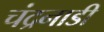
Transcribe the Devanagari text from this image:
चंद्रनाडी